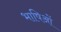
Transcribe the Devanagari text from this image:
भाषिओं